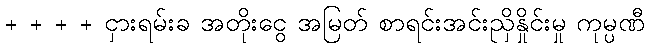
+ + + + ငှားရမ်းခ အတိုးငွေ အမြတ် စာရင်းအင်းညှိနှိုင်းမှု ကုမ္ပဏီ